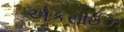
એકસાઈઝ